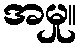
အမှု။